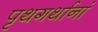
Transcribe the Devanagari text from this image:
पृथगर्थानां